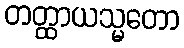
တတ္ထာယသ္မတော